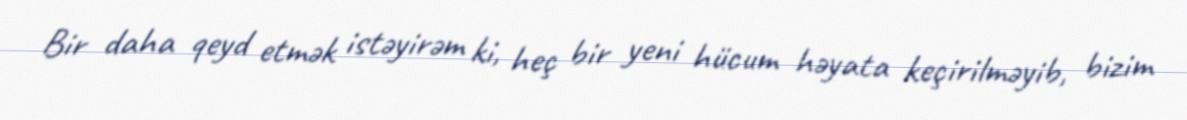
Bir daha qeyd etmək istəyirəm ki, heç bir yeni hücum həyata keçirilməyib, bizim